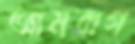
আমবাগ